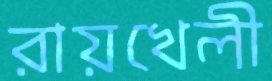
রায়খেলী